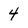
Character: 4